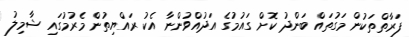
ފަރާތްތަކުން މަގުތައް ބަންދު ކޮށް ގައުމުގެ އަދުއްވުންނާ އެކު ރައްޔިތުން މެރުމުގައި ޝާމިލު